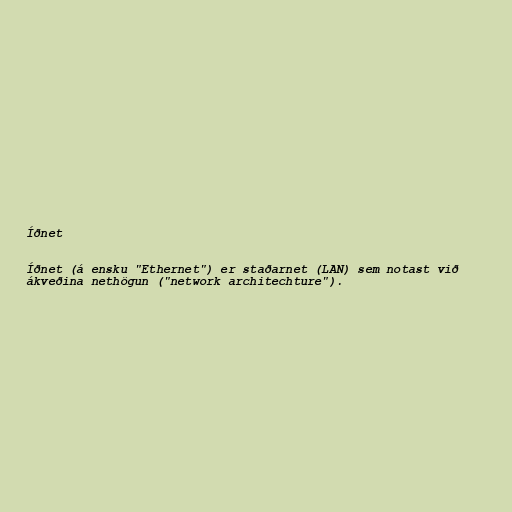
Íðnet

Íðnet (á ensku "Ethernet") er staðarnet (LAN) sem notast við
ákveðina nethögun ("network architechture").